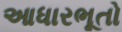
આધારભૂતો